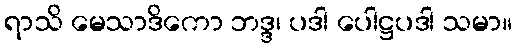
ရာသိ မေသာဒိကော ဘဒ္ဒ၊ ပဒါ ပေါဋ္ဌပဒါ သမာ။